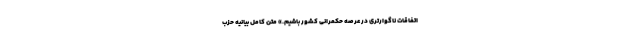
اتفاقات ناگوارتری در عرصه حکمرانی کشور باشیم.» متن کامل بیانیه حزب